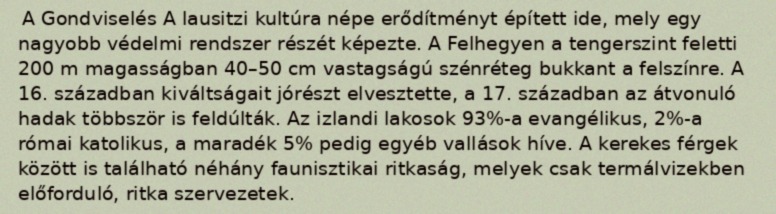
A Gondviselés A lausitzi kultúra népe erődítményt épített ide, mely egy nagyobb védelmi rendszer részét képezte. A Felhegyen a tengerszint feletti 200 m magasságban 40–50 cm vastagságú szénréteg bukkant a felszínre. A 16. században kiváltságait jórészt elvesztette, a 17. században az átvonuló hadak többször is feldúlták. Az izlandi lakosok 93%-a evangélikus, 2%-a római katolikus, a maradék 5% pedig egyéb vallások híve. A kerekes férgek között is található néhány faunisztikai ritkaság, melyek csak termálvizekben előforduló, ritka szervezetek.